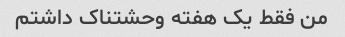
من فقط یک هفته وحشتناک داشتم